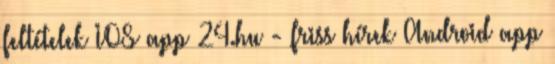
feltételek IOS app 24.hu - friss hírek Android app